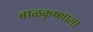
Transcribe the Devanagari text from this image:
बाळकृष्णाला